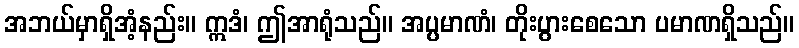
အဘယ်မှာရှိအံ့နည်း။ ဣဒံ၊ ဤအာရုံသည်။ အပ္ပမာဏံ၊ တိုးပွားစေသော ပမာဏရှိသည်။